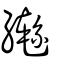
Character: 轡